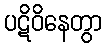
ပဋိဝိနေတွာ